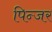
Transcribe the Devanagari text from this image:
पिन्जर